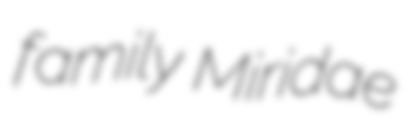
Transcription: family Miridae